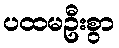
ပထမဦးစွာ